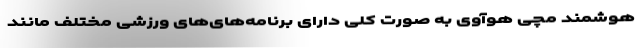
هوشمند مچی هوآوی به صورت کلی دارای برنامه‌های‌های ورزشی مختلف مانند